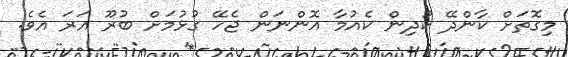
މިގޮތަށް ކާންދޭ ކުދިން ކެއުމާ އޮންނަން ޖެހޭ ގުޅުމަށް ބުރޫ އަރަ އެވެ.